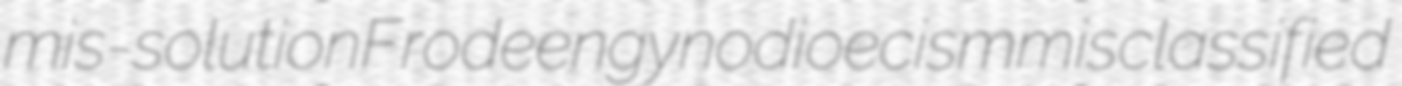
mis-solution Frodeen gynodioecism misclassified